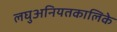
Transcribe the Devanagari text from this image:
लघुअनियतकालिके